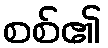
စစ်၏